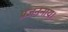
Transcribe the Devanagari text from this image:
प्रजननाय।